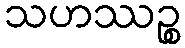
သဟဿဉ္စ